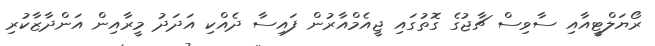
ރޯޔަލްޓީއާއި ސާވިސް ޗާޖުގެ ގޮތުގައި ޖީއެމްއާރުން ފައިސާ ދެއްކި އަދަދު މީރާއިން އަންދާޒާކުރި